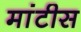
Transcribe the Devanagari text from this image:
मांटीस